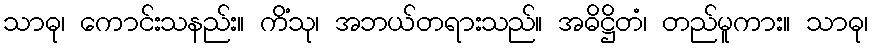
သာဓု၊ ကောင်းသနည်း။ ကိံသု၊ အဘယ်တရားသည်။ အဓိဋ္ဌိတံ၊ တည်မူကား။ သာဓု၊